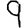
Digit: 9